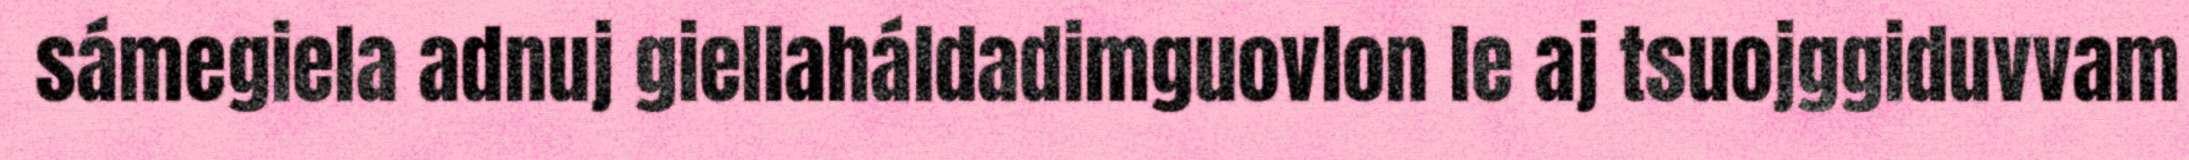
sámegiela adnuj giellaháldadimguovlon le aj tsuojggiduvvam